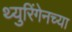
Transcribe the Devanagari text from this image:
थ्युरिंगेनच्या